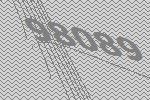
98089